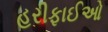
હરીફાઈઓ